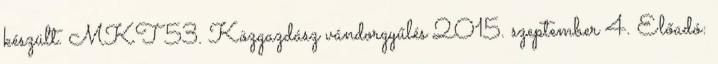
készült. MKT 53. Közgazdász vándorgyűlés 2015. szeptember 4. Előadó: